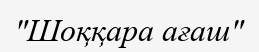
"Шоққара ағаш"